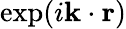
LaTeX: \exp(i\mathbf{k}\cdot\mathbf{r})